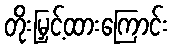
တိုးမြှင့်ထားကြောင်း